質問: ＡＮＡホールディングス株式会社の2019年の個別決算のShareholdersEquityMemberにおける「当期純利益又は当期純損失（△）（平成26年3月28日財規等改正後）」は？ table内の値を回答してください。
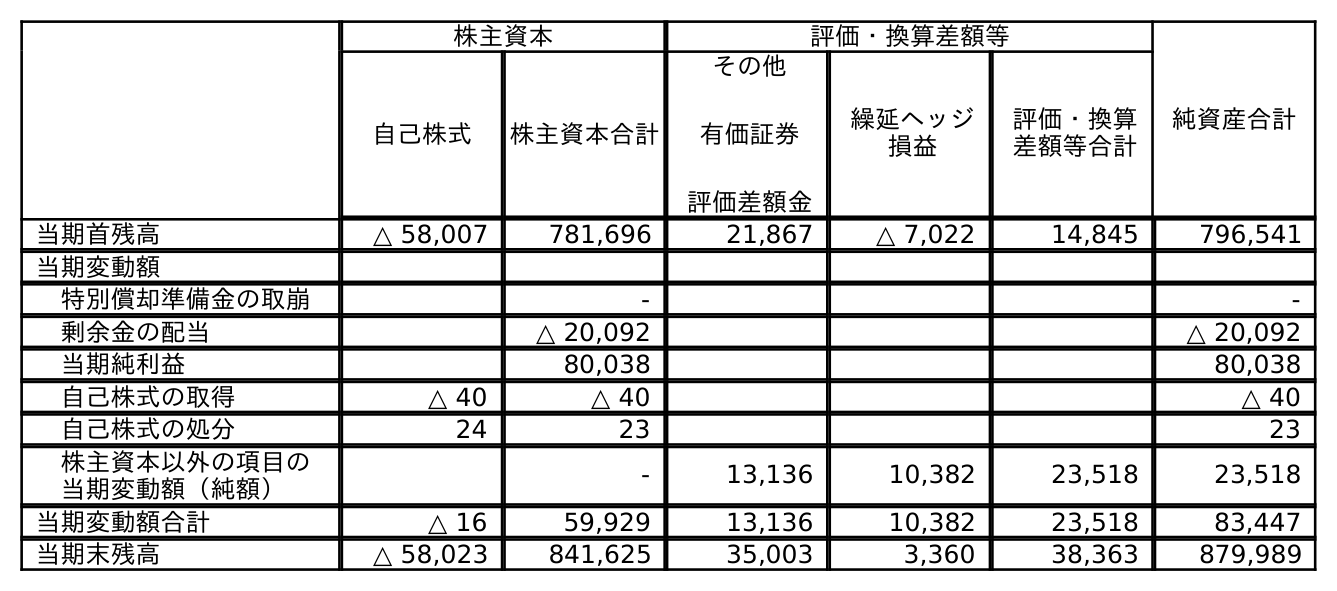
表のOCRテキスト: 株主資本 評価・換算差額等 純資産合計 自己株式 株主資本合計 その他 有価証券 評価差額金 繰延ヘッジ 損益 評価・換算 差額等合計 当期首残高 △ 58,007 781,696 21,867 △ 7,022 14,845 796,541 当期変動額 特別償却準備金の取崩 - - 剰余金の配当 △ 20,092 △ 20,092 当期純利益 80,038 80,038 自己株式の取得 △ 40 △ 40 △ 40 自己株式の処分 24 23 23 株主資本以外の項目の 当期変動額（純額） - 13,136 10,382 23,518 23,518 当期変動額合計 △ 16 59,929 13,136 10,382 23,518 83,447 当期末残高 △ 58,023 841,625 35,003 3,360 38,363 879,989
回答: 80,038